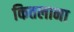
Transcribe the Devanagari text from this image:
कितलाना